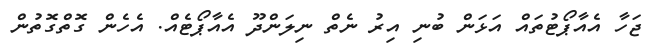
ޖަހާ އެއާޕޯޓުތައް އަޅަން ބުނި އިރު ނެތް ނިލަންދޫ އެއާޕޯޓެއް. އެހެން ގޮތްގޮތުން